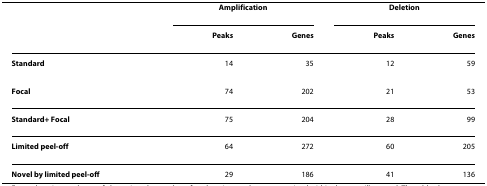
<table><thead><tr><td></td><td colspan="2"><b>Amplification</b></td><td colspan="2"><b>Deletion</b></td></tr><tr><td></td><td><b>Peaks</b></td><td><b>Genes</b></td><td><b>Peaks</b></td><td><b>Genes</b></td></tr></thead><tbody><tr><td><b>Standard</b></td><td>14</td><td>35</td><td>12</td><td>59</td></tr><tr><td><b>Focal</b></td><td>74</td><td>202</td><td>21</td><td>53</td></tr><tr><td><b>Standard+ Focal</b></td><td>75</td><td>204</td><td>28</td><td>99</td></tr><tr><td><b>Limited peel-off</b></td><td>64</td><td>272</td><td>60</td><td>205</td></tr><tr><td><b>Novel by limited peel-off</b></td><td>29</td><td>186</td><td>41</td><td>136</td></tr></tbody></table>